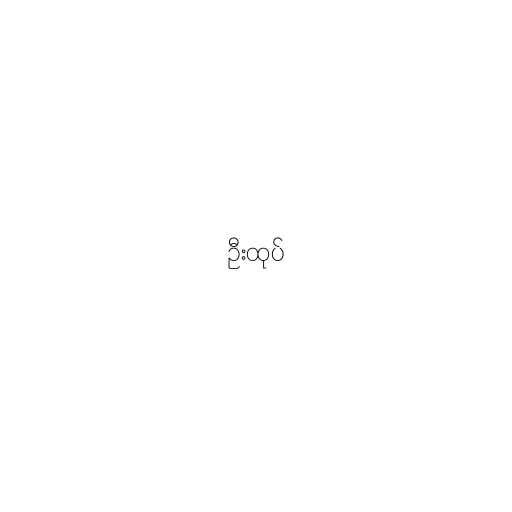
ဦးထုပ်